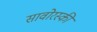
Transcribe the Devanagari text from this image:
सावोरस्की